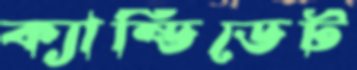
ক্যান্ডিডেট